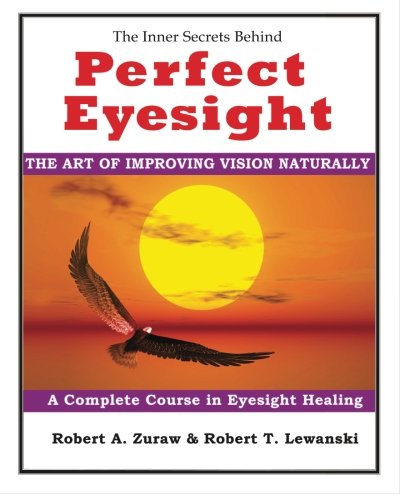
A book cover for Perfect Eyesight: The Art of Improving Vision Naturally; Mr. Robert A. Zuraw; Health, Fitness & Dieting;